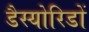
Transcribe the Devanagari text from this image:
डैस्योरिडों